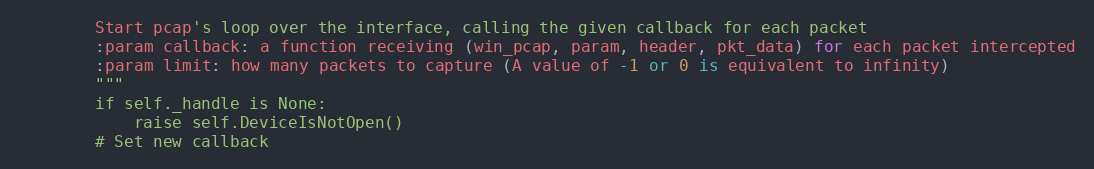
Language: Python
        Start pcap's loop over the interface, calling the given callback for each packet
        :param callback: a function receiving (win_pcap, param, header, pkt_data) for each packet intercepted
        :param limit: how many packets to capture (A value of -1 or 0 is equivalent to infinity)
        """
        if self._handle is None:
            raise self.DeviceIsNotOpen()
        # Set new callback